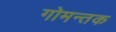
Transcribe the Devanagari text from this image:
गोमन्तक